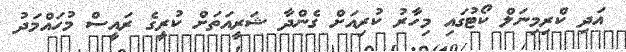
އަދި ކްރިމިނަލް ކޯޓުގައި މިހާރު ކުރިއަށް ގެންދާ ޝަރީއަތަށް ކުރީގެ ރައީސް މުހައްމަދު